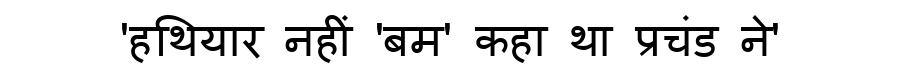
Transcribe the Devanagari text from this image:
'हथियार नहीं 'बम' कहा था प्रचंड ने'